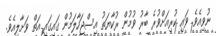
ނުވިއެވެ. ވައި ކުރިއަށްވުރެ ބާރު ވުމުން ރުކާޔަތު އިސްޖަހާލަމުން ގައިގައި އަތް ވަށާލިއެވެ.